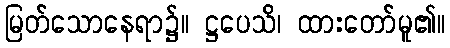
မြတ်သောနေရာ၌။ ဋ္ဌပေသိ၊ ထားတော်မူ၏။